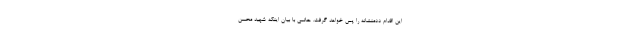
این اقدام ددمنشانه را پس خواهد گرفت. حاتمی با بیان اینکه شهید محسن